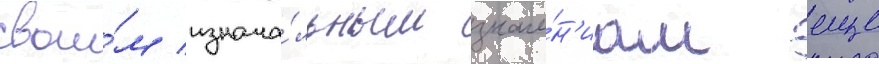
свои́м изнача́льным значе́н'иам еще